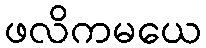
ဖလိကမယေ